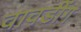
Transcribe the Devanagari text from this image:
वावडींग